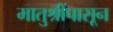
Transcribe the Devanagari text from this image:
मातुश्रींपासून